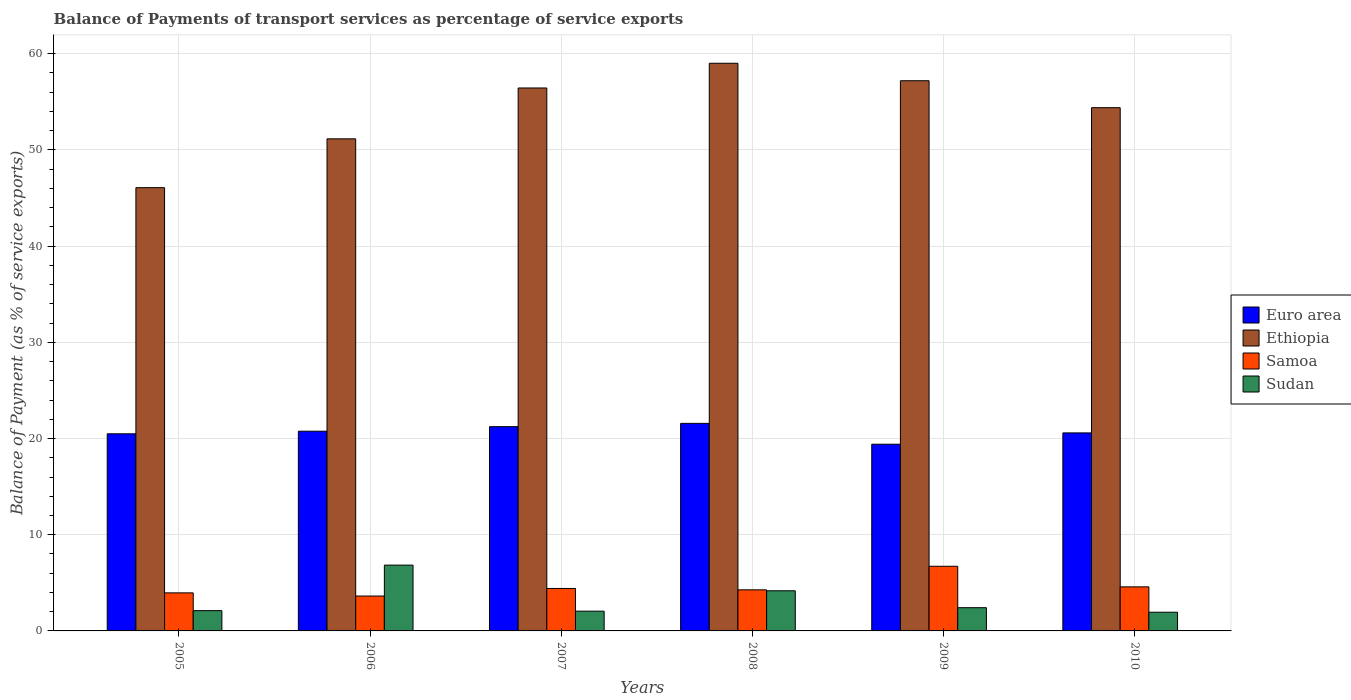
| Years | Euro area | Ethiopia | Samoa | Sudan |
 | --- | --- | --- | --- | --- |
 | 2005 | 20.5 | 46.1 | 3.96 | 2.11 |
 | 2006 | 20.8 | 51.2 | 3.63 | 6.84 |
 | 2007 | 21.2 | 56.4 | 4.41 | 2.05 |
 | 2008 | 21.6 | 59 | 4.27 | 4.17 |
 | 2009 | 19.4 | 57.2 | 6.72 | 2.41 |
 | 2010 | 20.6 | 54.4 | 4.58 | 1.94 |